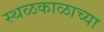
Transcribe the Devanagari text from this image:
स्थळकाळाच्या